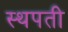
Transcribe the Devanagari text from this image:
स्थपती